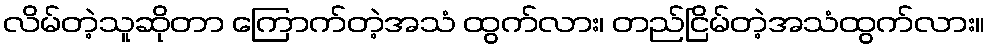
လိမ်တဲ့သူဆိုတာ ကြောက်တဲ့အသံ ထွက်လား၊ တည်ငြိမ်တဲ့အသံထွက်လား။